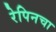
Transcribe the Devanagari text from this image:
रेपिनचा